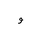
Letter: _waw